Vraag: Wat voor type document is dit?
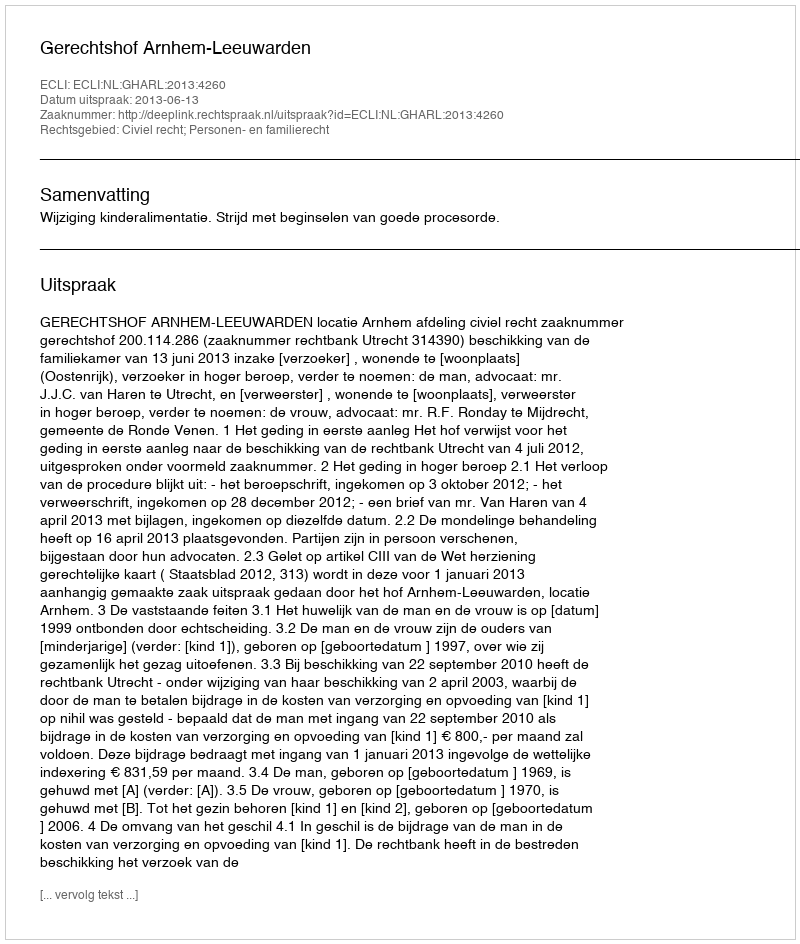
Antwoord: Uitspraak